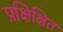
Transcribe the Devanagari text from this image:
प्रक्षिक्षित